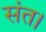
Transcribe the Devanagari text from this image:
संत।